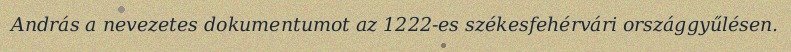
András a nevezetes dokumentumot az 1222-es székesfehérvári országgyűlésen.